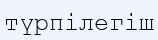
түрпілегіш